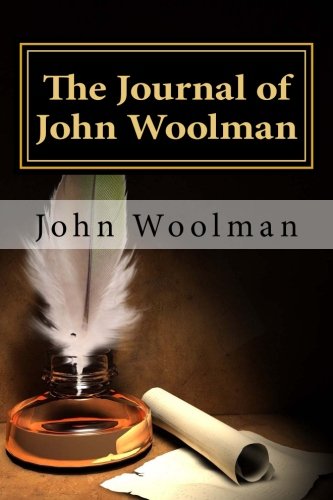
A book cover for The Journal of John Woolman; John Woolman; Christian Books & Bibles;